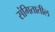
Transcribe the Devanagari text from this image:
संगितातील